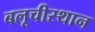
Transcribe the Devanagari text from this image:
बलूचीस्थान